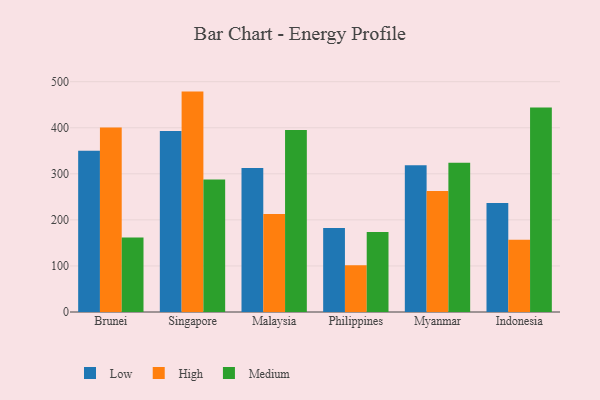
{"axis": {"x": "Country", "y": "Customer Acquisition Cost (USD)"}, "legend": ["High", "Low", "Medium"], "data": [{"x": "Brunei", "y": 350.1, "type": "Low"}, {"x": "Brunei", "y": 400.5, "type": "High"}, {"x": "Brunei", "y": 161.9, "type": "Medium"}, {"x": "Singapore", "y": 393.2, "type": "Low"}, {"x": "Singapore", "y": 478.5, "type": "High"}, {"x": "Singapore", "y": 287.7, "type": "Medium"}, {"x": "Malaysia", "y": 312.4, "type": "Low"}, {"x": "Malaysia", "y": 212.7, "type": "High"}, {"x": "Malaysia", "y": 395.4, "type": "Medium"}, {"x": "Philippines", "y": 182.2, "type": "Low"}, {"x": "Philippines", "y": 101.4, "type": "High"}, {"x": "Philippines", "y": 173.5, "type": "Medium"}, {"x": "Myanmar", "y": 318.4, "type": "Low"}, {"x": "Myanmar", "y": 262.9, "type": "High"}, {"x": "Myanmar", "y": 323.8, "type": "Medium"}, {"x": "Indonesia", "y": 236.9, "type": "Low"}, {"x": "Indonesia", "y": 157.1, "type": "High"}, {"x": "Indonesia", "y": 443.8, "type": "Medium"}]}